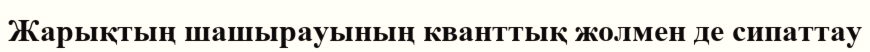
Жарықтың шашырауының кванттық жолмен де сипаттау